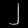
Digit: ၂